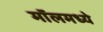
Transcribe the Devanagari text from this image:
मॉलमध्ये